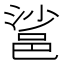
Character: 䣉